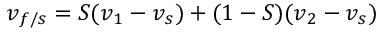
\boldsymbol { v } _ { f / s } = S ( \boldsymbol { v } _ { 1 } - \boldsymbol { v } _ { s } ) + ( 1 - S ) ( \boldsymbol { v } _ { 2 } - \boldsymbol { v } _ { s } )